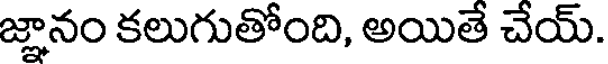
జ్ఞానం కలుగుతోంది, అయితే చేయ్.